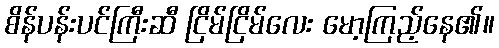
စိန်ပန်းပင်ကြီးဆီ ငြိမ်ငြိမ်လေး မော့ကြည့်နေ၏။